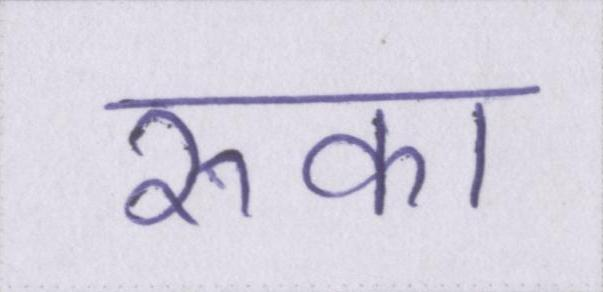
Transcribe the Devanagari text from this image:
रुका